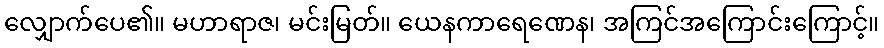
လျှောက်ပေ၏။ မဟာရာဇ၊ မင်းမြတ်။ ယေနကာရေဏေန၊ အကြင်အကြောင်းကြောင့်။